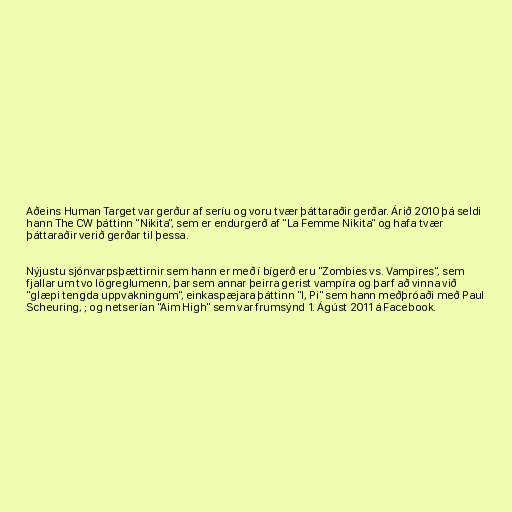
Aðeins Human Target var gerður af seríu og voru tvær þáttaraðir gerðar. Árið 2010 þá seldi
hann The CW þáttinn "Nikita", sem er endurgerð af "La Femme Nikita" og hafa tvær
þáttaraðir verið gerðar til þessa.

Nýjustu sjónvarpsþættirnir sem hann er með í bígerð eru "Zombies vs. Vampires", sem
fjallar um tvo lögreglumenn, þar sem annar þeirra gerist vampíra og þarf að vinna við
"glæpi tengda uppvakningum", einkaspæjara þáttinn "I, Pi" sem hann meðþróaði með Paul
Scheuring, ; og netserían "Aim High" sem var frumsýnd 1. Ágúst 2011 á Facebook.